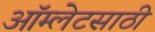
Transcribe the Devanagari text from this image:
ऑम्लेटसाठी